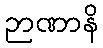
ဉာဏာနိ